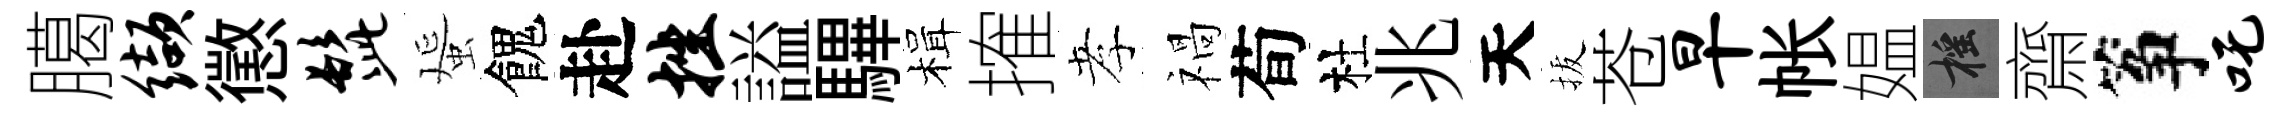
臈缬懲髭蜑餽赴挫謚驆楫搉孝禍荀杜兆天拔苍早帐媪摇齋筝吒